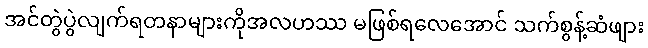
အင်တွဲပွဲလျက်ရတနာများကိုအလဟဿ မဖြစ်ရလေအောင် သက်စွန့်ဆံဖျား